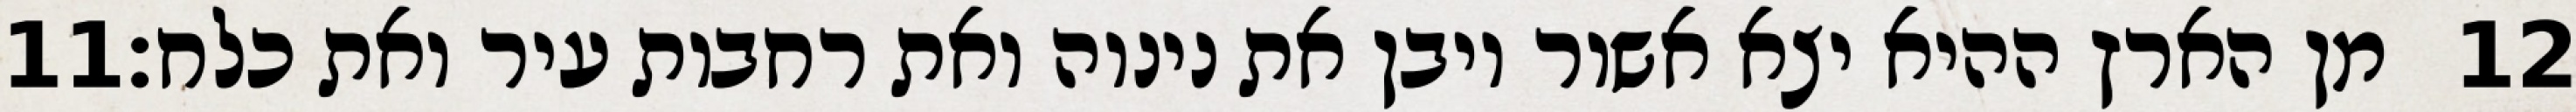
‎11‏ מן הארץ ההיא יצא אשור ויבן את נינוה ואת רחבות עיר ואת כלח׃ ‎12‏